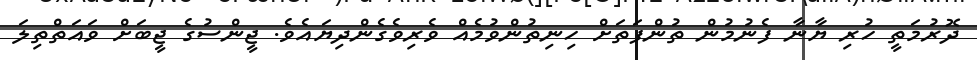
ދޮރުމަތީ ހުރި ޔާނާ ފެނުމުން ތުންފަތަށް ހިނިތުންވުމެއް ވެރިވެގެންދިޔައެވެ. ޖީންސުގެ ޖީބަށް ވައަތްތިލަ